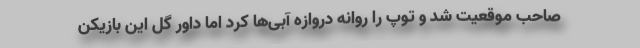
صاحب موقعیت شد و توپ را روانه دروازه آبی‌ها کرد اما داور گل این بازیکن